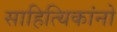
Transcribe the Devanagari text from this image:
साहित्यिकांनो